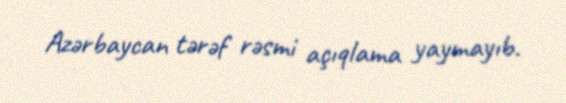
Azərbaycan tərəf rəsmi açıqlama yaymayıb.